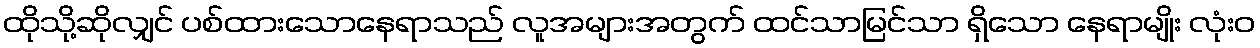
ထိုသို့ဆိုလျှင် ပစ်ထားသောနေရာသည် လူအများအတွက် ထင်သာမြင်သာ ရှိသော နေရာမျိုး လုံးဝ